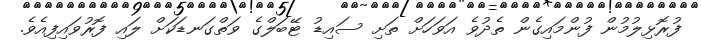
ފުރޮޅިލުމުން ފުންމައިގެން ތެދުވެ އަވަހަށް ތަށި ސައިޑު ޓޭބަލްގެ ވަތްގަނޑަކަށް ލައި ފޮރުވައިފިއެވެ.